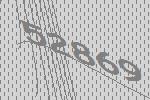
52869